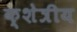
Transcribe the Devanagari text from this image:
क्शेत्रीय